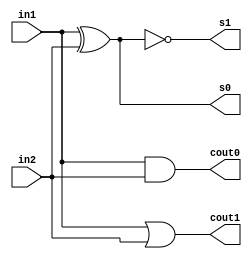
module adder(in1,in2,s0,cout0,s1,cout1);
input in1,in2;
output s0,cout0,s1,cout1;

//if cin is 0
and a1(cout0,in1,in2);
xor x1(s0,in1,in2);

//if cin is 1
or o1(cout1,in1,in2);
xnor xn1(s1,in1,in2);

endmodule